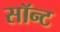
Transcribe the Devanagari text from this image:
सॉन्ट